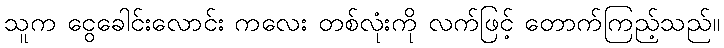
သူက ငွေခေါင်းလောင်း ကလေး တစ်လုံးကို လက်ဖြင့် တောက်ကြည့်သည်။